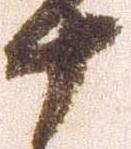
十